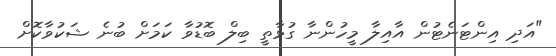
"އަދި އިންޓަނެޓުން އާއިލާ މީހުންނާ ގުޅާތީ ބިލް ބޮޑުވާ ކަމަށް ބުނެ ޝަކުވާކޮށް